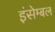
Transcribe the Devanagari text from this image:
इंसेम्बल